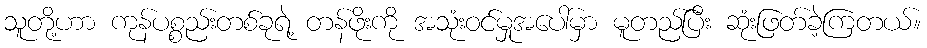
သူတို့ဟာ ကုန်ပစ္စည်းတစ်ခုရဲ့ တန်ဖိုးကို အသုံးဝင်မှုအပေါ်မှာ မူတည်ပြီး ဆုံးဖြတ်ခဲ့ကြတယ်။